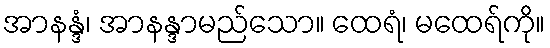
အာနန္ဒံ၊ အာနန္ဒာမည်သော။ ထေရံ၊ မထေရ်ကို။